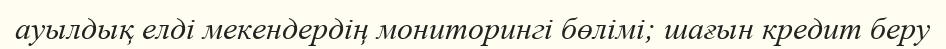
ауылдық елді мекендердің мониторингі бөлімі; шағын кредит беру